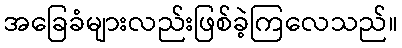
အခြေခံများလည်းဖြစ်ခဲ့ကြလေသည်။